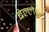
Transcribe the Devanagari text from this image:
बेल्लेवुइ